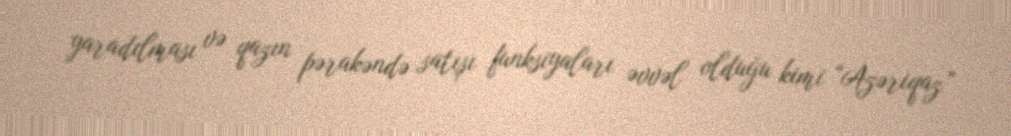
yaradılması və qazın pərakəndə satışı funksiyaları əvvəl olduğu kimi “Azəriqaz”